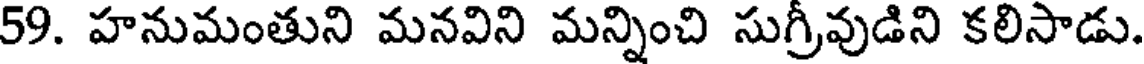
59. హనుమంతుని మనవిని మన్నించి సుగ్రీవుడిని కలిసాడు.